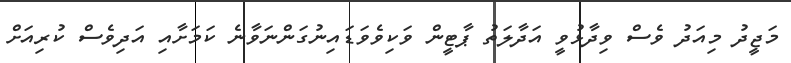
މަޖީދު މިއަދު ވެސް ވިދާޅުވީ އަދާލަތު ޕާޓީން ވަކިވެވަޑައިނުގަންނަވާނެ ކަމަށާއި އަދިވެސް ކުރިއަށް